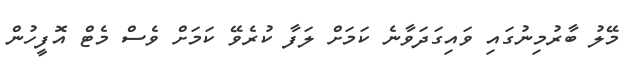
މޭލު ބާރުމިނުގައި ވައިގަދަވާނެ ކަމަށް ލަފާ ކުރެވޭ ކަމަށް ވެސް މެޓް އޮފީހުން